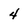
Character: 4